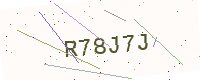
Text: R78J7J